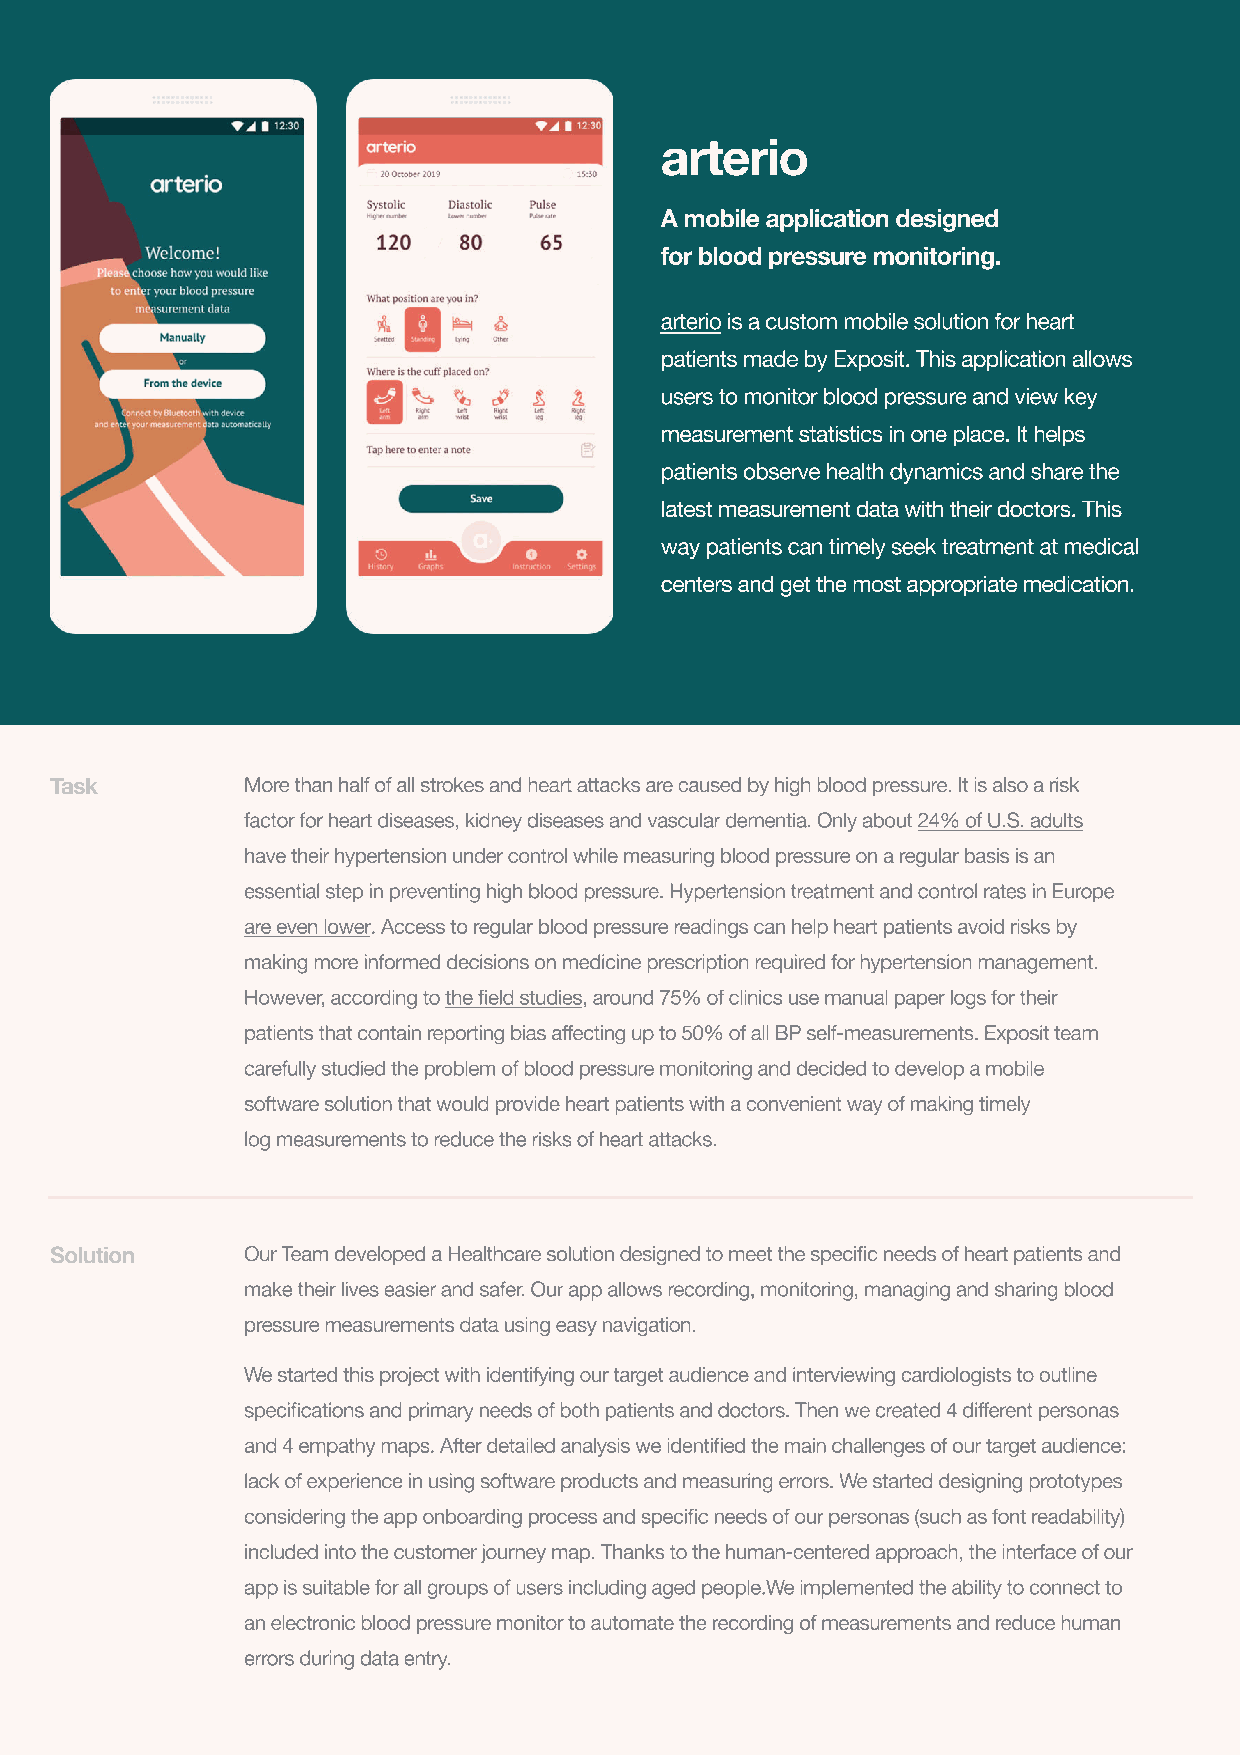
arterio
 A mobile application designed
 for blood pressure monitoring.
 arterio is a custom mobile solution for heart
 patients made by Exposit. This application allows
 users to monitor blood pressure and view key
 measurement statistics in one place. It helps
 patients observe health dynamics and share the
 latest measurement data with their doctors. This
 way patients can timely seek treatment at medical
 centers and get the most appropriate medication.
 Task         More than half of all strokes and heart attacks are caused by high blood pressure. It is also a risk
 factor for heart diseases, kidney diseases and vascular dementia. Only about 24% of U.S. adults
 have their hypertension under control while measuring blood pressure on a regular basis is an
 essential step in preventing high blood pressure. Hypertension treatment and control rates in Europe
 are even lower. Access to regular blood pressure readings can help heart patients avoid risks by
 making more informed decisions on medicine prescription required for hypertension management.
 However, according to the field studies, around 75% of clinics use manual paper logs for their
 patients that contain reporting bias affecting up to 50% of all BP self-measurements. Exposit team
 carefully studied the problem of blood pressure monitoring and decided to develop a mobile
 software solution that would provide heart patients with a convenient way of making timely
 log measurements to reduce the risks of heart attacks.
 Solution     Our Team developed a Healthcare solution designed to meet the specific needs of heart patients and
 make their lives easier and safer. Our app allows recording, monitoring, managing and sharing blood
 pressure measurements data using easy navigation.
 We started this project with identifying our target audience and interviewing cardiologists to outline
 specifications and primary needs of both patients and doctors. Then we created 4 different personas
 and 4 empathy maps. After detailed analysis we identified the main challenges of our target audience:
 lack of experience in using software products and measuring errors. We started designing prototypes
 considering the app onboarding process and specific needs of our personas (such as font readability)
 included into the customer journey map. Thanks to the human-centered approach, the interface of our
 app is suitable for all groups of users including aged people.We implemented the ability to connect to
 an electronic blood pressure monitor to automate the recording of measurements and reduce human
 errors during data entry.